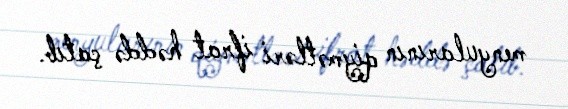
menyularının qiymətləri ifrat həddə çatıb.